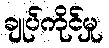
ချုပ်ကိုင်မှု